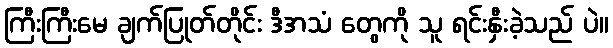
ကြီးကြီးမေ ချက်ပြုတ်တိုင်း ဒီအသံ တွေကို သူ ရင်းနှီးခဲ့သည် ပဲ။